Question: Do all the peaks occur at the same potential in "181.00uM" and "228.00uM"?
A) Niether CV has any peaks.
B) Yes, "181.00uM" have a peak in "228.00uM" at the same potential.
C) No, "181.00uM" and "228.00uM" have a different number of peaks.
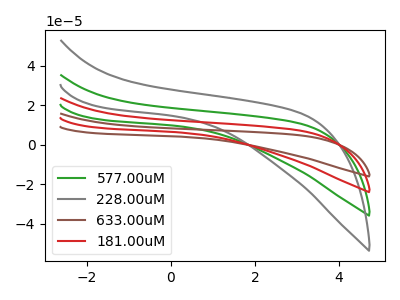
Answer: <think>The green curve "577.00uM" has no peaks. The gray curve "228.00uM" has no peaks. The brown curve "633.00uM" has no peaks. The red curve "181.00uM" has no peaks.</think>
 <answer>A) Niether CV has any peaks.</answer>
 <eval>A</eval>